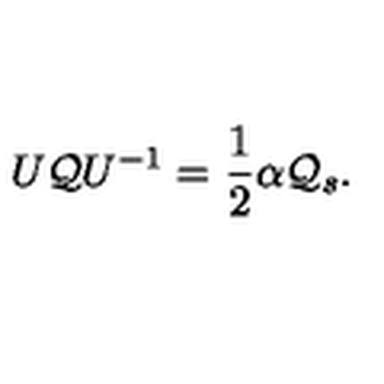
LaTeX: U { \cal Q } U ^ { - 1 } = { \frac { 1 } { 2 } } \alpha { \cal Q } _ { s } .